Papers set at the Examination for Leaving Certificates, 1894
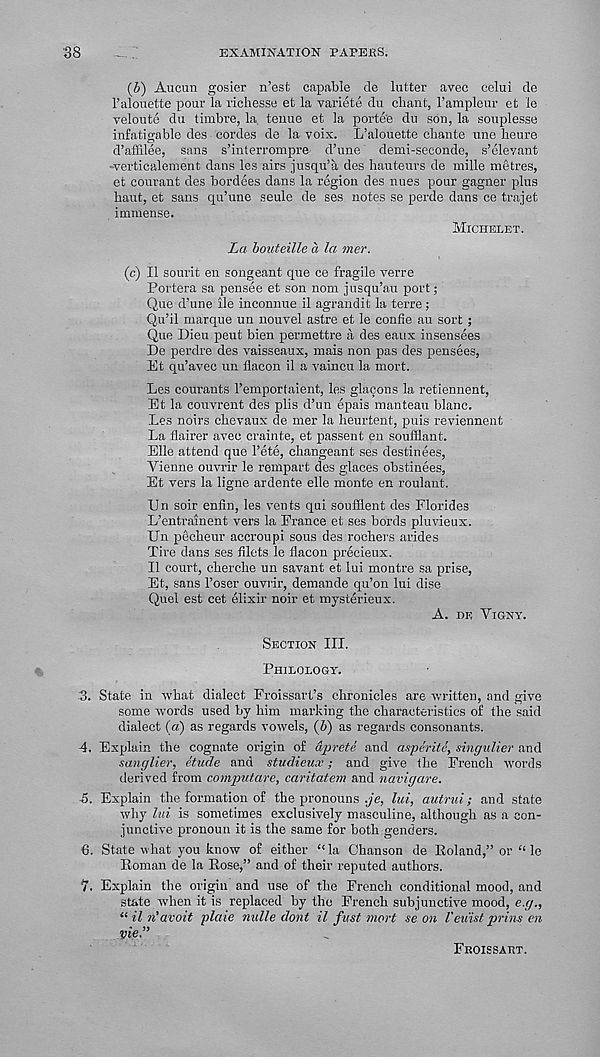
'38
EXAMINATION PAPEKS.
(b) Aucan gosier n’est capable de hitter avec celui de
1’alouette pour la richesse et la variete du chant, 1’ampleur et le
veloute du timbre, la tenue et la porte'e du son, la souplesse
infatigable des cordes de la voix. L’alouette chante une heure
dhaffdee, sans s’interrompre d’une demi-seconde, s’elevant
-verticalenient dans les airs jusqu’a des hauteurs de mille metres,
et courant des bordees dans la region des nues pour gagner plus
haut, et sans qu’une seule de ses notes se perde dans ce trajet
immense.
Michelet.
La bouteille a la mer.
(c) II sourit en songeant que ce fragile verre
Portera sa pensee et son nom jusqu’au port;
Que d’une lie inconnue il agrandit la terre;
Qu’il marque un nouvel astre et le confie au sort;
Que Dieu peut bien permettre a des eaux insensees
De perdre des vaisseaux, mais non pas des pensees,
Et qu’avec un flaeon il a vaincu la mort.
Les courants 1’emportaient, les glacons la retiennent,
Et la couvrent des plis d’un epais manteau blane.
Les noirs chevaux de mer la heurtent, puis reviennent
La flairer avec crainte, et passent en soufflant.
Elle attend que Fete, changeant ses destinees,
Vienne ouvrir le rempart des g;laces obstinees,
Et vers la ligne ardente elle monte en roulant.
IJn soir enfin, les vents qni soufllent des Florides
L’entrainent vers la France et ses hords pluvieux.
Un pecheur accroupi sous des rochers arides
Tire Ians ses filets le fiacon precieux.
Il court, cherche un savant et lui montre sa prise,
Et, sans Foser ouvrir, demande qu’on lui dise
Quel est cet elixir noir et mysterieux.
A. de Vigny.
Section III.
Philology.
3. State in what dialect Froissart’s chronicles are written, and give
some words used by him marking the characteristics of the said
dialect (a) as regards vowels, (b) as regards consonants.
4. Explain the cognate origin of dprete and asperite, singulier and
sanglier, etude and studieucc; and give the French words
derived from computare, caritatem and navigare.
5. Explain the formation of the pronouns .je, lui, autrui; and state
why lui is sometimes exclusively masculine, although as a con-
junctive pronoun it is the same for both genders.
6. State what you know of either “la Chanson de Roland,” or “ le
Roman de la Rose,” and of their reputed authors.
7. Explain the origin and use of the French conditional mood, and
state when it is replaced by the French subjunctive mood, e.g.,
“ il n' avoit plaie nulle dont il fust mort se on I'euist prins en
vie.”
Froissart.